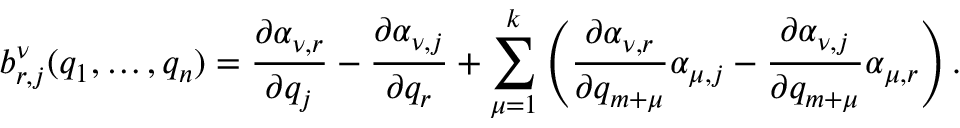
b _ { r , j } ^ { \nu } ( q _ { 1 } , \dots , q _ { n } ) = \frac { \partial \alpha _ { \nu , r } } { \partial q _ { j } } - \frac { \partial \alpha _ { \nu , j } } { \partial q _ { r } } + \sum _ { \mu = 1 } ^ { k } \left( \frac { \partial \alpha _ { \nu , r } } { \partial q _ { m + \mu } } \alpha _ { \mu , j } - \frac { \partial \alpha _ { \nu , j } } { \partial q _ { m + \mu } } \alpha _ { \mu , r } \right) .